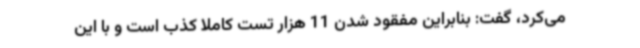
می‌کرد، گفت: بنابراین مفقود شدن 11 هزار تست کاملا کذب است و با این